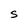
Character: S